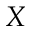
X